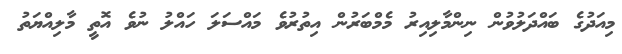
މިއަދުގެ ބައްދަލުވުން ނިންމާލިއިރު މެމްބަރުން އިތުރުވެ މައްސަލަ ހައްލު ނުވެ އޮތީ މާލިއްޔަތު